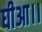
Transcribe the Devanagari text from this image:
घीआ।।